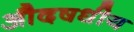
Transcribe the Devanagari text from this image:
औदषधीय